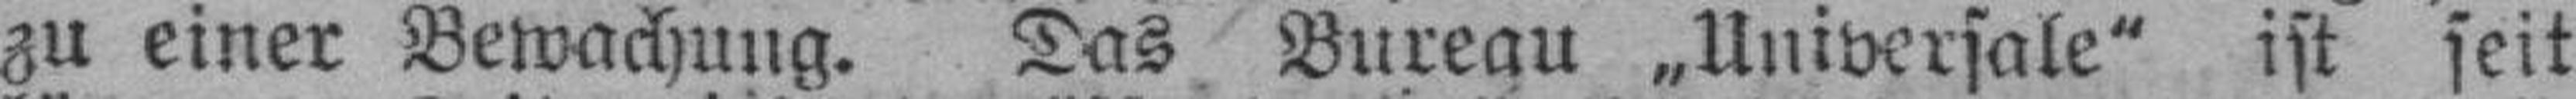
zu einer Bewachung. Das Bureau „Universale" ist seit